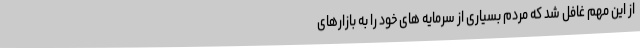
از این مهم غافل شد که مردم بسیاری از سرمایه های خود را به بازارهای